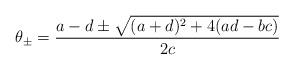
LaTeX: \begin{align*}\theta_\pm=\frac{a-d\pm\sqrt{(a+d)^2+4(ad-bc)}}{2c}\end{align*}